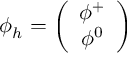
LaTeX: \phi _ { h } = \left( \begin{array} { c } { { \phi ^ { + } } } \\ { { \phi ^ { 0 } } } \end{array} \right)